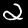
Digit: 2